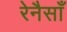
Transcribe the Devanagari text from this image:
रेनैसाँ